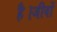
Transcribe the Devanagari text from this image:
है।जीवों